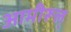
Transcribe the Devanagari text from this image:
आमीरूल्